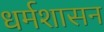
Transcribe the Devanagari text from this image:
धर्मशासन